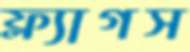
ফ্ল্যাগস